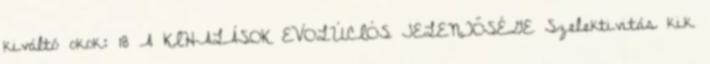
kiváltó okok: 18 A KIHALÁSOK EVOLÚCIÓS JELENTŐSÉGE Szelektivitás kik